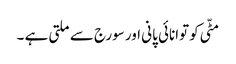
مٹّی کو توانائی پانی اور سورج سے ملتی ہے ۔